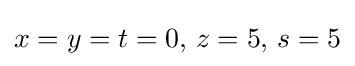
x=y=t=0,\,z=5,\,s=5